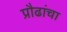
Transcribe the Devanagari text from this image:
प्रौढांचा